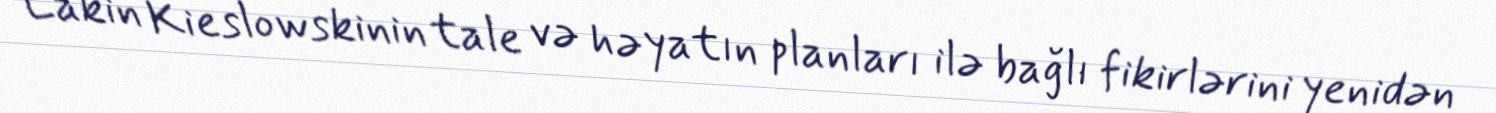
Lakin Kieslowskinin tale və həyatın planları ilə bağlı fikirlərini yenidən